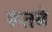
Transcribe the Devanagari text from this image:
रूतबे